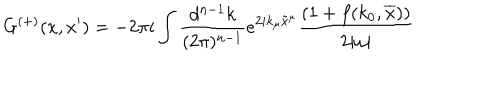
G ^ { ( + ) } ( x , x ^ { \prime } ) = - 2 \pi i \int \frac { d ^ { n - 1 } k } { ( 2 \pi ) ^ { n - 1 } } e ^ { 2 i k _ { \mu } \tilde { x } ^ { \mu } } \frac { ( 1 + f ( k _ { 0 } , \overline { { x } } ) ) } { 2 | \omega | }